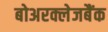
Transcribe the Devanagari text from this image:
बोअरक्लेजबैंक